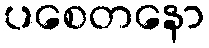
ပစေတနော